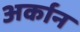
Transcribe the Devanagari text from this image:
अर्कान